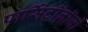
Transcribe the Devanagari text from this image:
पार्सिटॉलॉजी